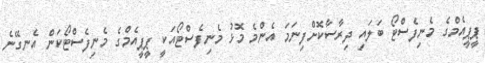
ޕީޕީއެމްގެ މެނިފެސްޓޯ ބަލައި ދިރާސާކޮށްފިނަމަ އެންމެ މޮޅު މެނިފެސްޓޯއަކީ ޕީޕީއެމްގެ މެނިފެސްޓޯކަން އެނގޭނެ